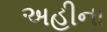
અહીના